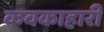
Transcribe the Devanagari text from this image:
कवकाहारी